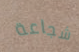
شجاعة